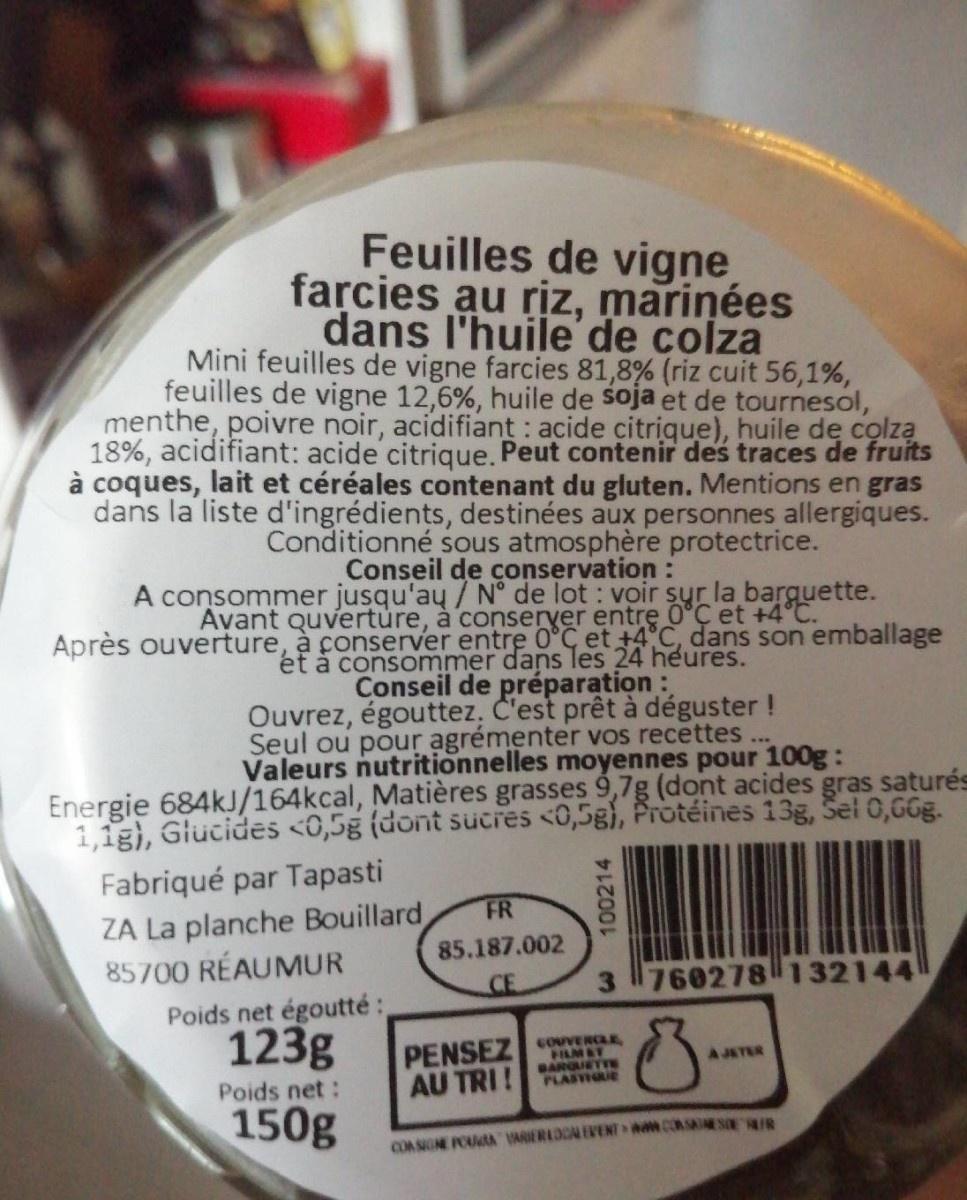
Feuilles de vigne
farcies au riz, mariņées dans l'huile'de colza Mini feuilles de vigne farcies 81,8% (riz cuit 56,1%, feuilles de vigne 12,6%, huile de soja et de tournesol, menthe, poivre noir, acidifiant : acide çitrique), huile de colza 18%, acidifiant: acide citrique. Peut contenir des traces de fruits à coques, lait et céréales contenant du gluten. Mentions en gras dans la liste d'ingrédients, destinées aux personnes allergiques. Conditionné sous atmosphère protectrice. Conseil de conservation : A consommer jusqu'au/ N° de lot : voir sur la barguette. Avant quverture, à conseryer entre 0°Çet +4°C. Après ouverture, à conserver entre 0°C et +4°C, dans son emballage ét à consommer dans les 24 heures. Conseil de préparation: Ouvrez, égouttez. C'est prêt à déguster! Seul ou pour agrémenter vos recettes... Valeurs nutritionnelles moyennes pour 100g: Energie 684kJ/164kcal, Matières grasses 9,7g (dont acides gras saturés 1,1g), Glucides <0,5g (dont sutres <0,5g), Protéines 13g, Sel 0,6GGG.
Fabriqué par Tapasti ZA La planche Bouillard 85700 RÉAUMUR Poids net égoutté : 123g
FR
85.187.002
CE
3 760278l 132144
PENSEZcouVERCE AU TRI !
PHLM&T BARGUETTE PLASIOUE
A JETER
Poids net:
150g
COASGNE POUA IARERLOCALEVENT w.COSSEERIR
100214